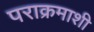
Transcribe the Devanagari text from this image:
पराक्रमाशी